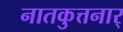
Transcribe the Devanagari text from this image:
नातकुत्तनार्